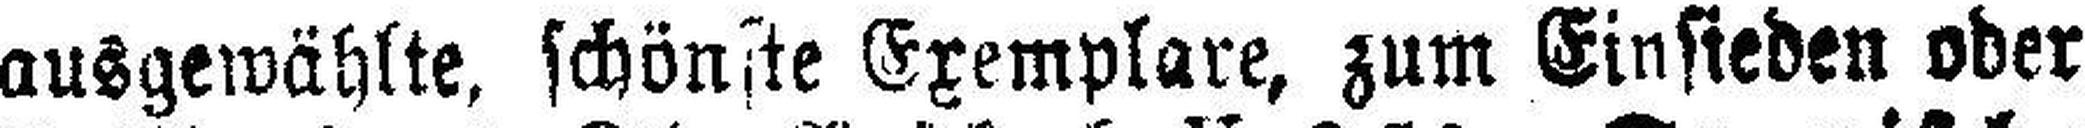
ausgewählte, schönste Exemplare, zum Einsieden oder